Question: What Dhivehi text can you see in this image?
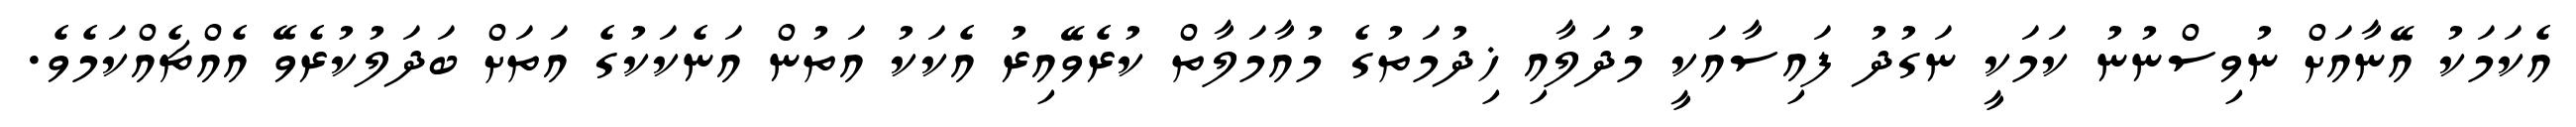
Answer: އެކަމަކު އޭނާއަށް ނުވިސްނުނު ކަމަކީ ނަގުދު ފައިސާއަކީ މުދަލާއި ޚިދުމަތުގެ މުއާމަލާތް ކުރެވޭއިރު އެކަކު އަތުން އަނެކަކުގެ އަތަށް ބަދަލުކުރެވޭ އެއްޗެއްކަމެވެ.